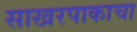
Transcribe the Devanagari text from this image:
साखरपाकाचा